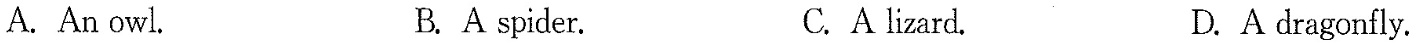
A.An owl. B.A spider. C.A lizard. D.A dragonfly.